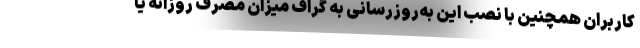
کاربران همچنین با نصب این به‌روزرسانی به گراف میزان مصرف روزانه یا